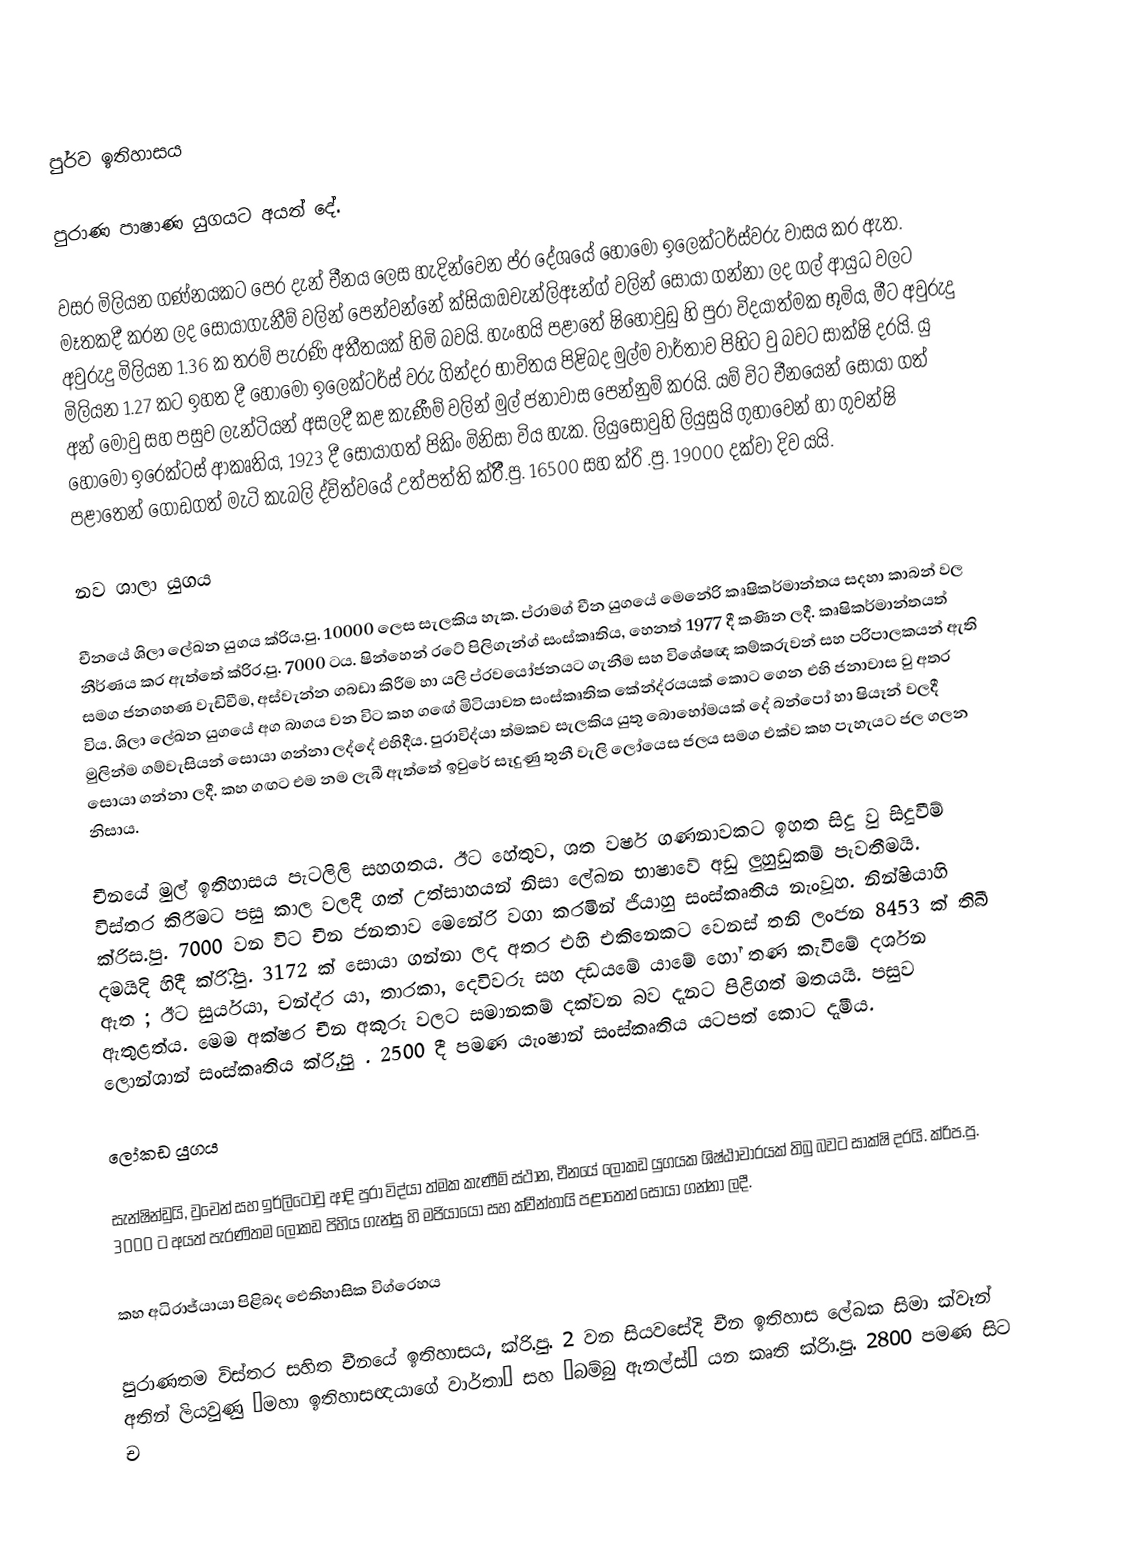
පුර්ව ඉතිහාසය

පුරාණ පාෂාණ යුගයට අයත් දේ.

වසර මිලියන ගණ්නයකට පෙර දැන් චීනය ලෙස හැදින්වෙන ප්ර දේශයේ හෝමෝ ඉලෙක්ටර්ස්වරු වාසය කර ඇත. මෑතකදී කරන ලද සොයාගැනීම් වලින් පෙන්වන්නේ ක්සියාඔචැන්ලිඈන්ග් වලින් සොයා ගන්නා ලද ගල් ආයුධ වලට අවුරුදු මිලියන 1.36 ක තරම් පැරණි අතීතයක් හිමි බවයි. හැංහයි පළාතේ ෂිහොවුඩු හි පුරා විදයාත්මක භූමිය, මීට අවුරුදු මිලියන 1.27 කට ඉහත දී හෝමෝ ඉලෙක්ටර්ස් වරු ගින්දර භාවිතය පිළිබද මුල්ම වාර්තාව පිහිට වු බවට සාක්ෂි දරයි. යු අන් මොවු සහ පසුව ලැන්ටියන් අසලදී කළ කැණීම් වලින් මුල් ජනාවාස පෙන්නුම් කරයි. යම් විට චීනයෙන් සොයා ගත් හෝමෝ ඉරෙක්ටස් ආකෘතිය, 1923 දී සොයාගත් පිකිං මිනිසා විය හැක. ලියුසොවුහි ලියුසුයි ගුහාවෙන් හා ගුවන්ෂි පළාතෙන් ගොඩගත් මැටි කැබලි ද්විත්වයේ උත්පත්ති ක්රිී.පු. 16500 සහ ක්රි .පු. 19000 දක්වා දිව යයි.

නව ශාලා යුගය

චීනයේ ශිලා ලේඛන යුගය ක්රිය.පු. 10000 ලෙස සැලකිය හැක. ප්රාමග් චීන යුගයේ මෙනේරි කෘෂිකර්මාන්තය සදහා කාබන් වල නීර්ණය කර ඇත්තේ ක්රිර.පු. 7000 ටය. ෂින්හෙන් රටේ පිලිගැන්ග් සංස්කෘතිය, හෙනත් 1977 දී කණින ලදී. කෘෂිකර්මාන්තයත් සමග ජනගහණ වැඩිවීම, අස්වැන්න ගබඩා කිරීම හා යලි ප්රවයෝජනයට ගැනීම සහ විශේෂඥ කම්කරුවන් සහ පරිපාලකයන් ඇති විය. ශිලා ලේඛන යුග‍යේ අග බාගය වන විට‍ කහ ග‍ඟේ මිටියාවත සංස්කෘතික කේන්ද්රයයක් කොට ගෙන එහි ජනාවාස වු අතර මුලින්ම ගම්වැසියන් සොයා ගන්නා ලද්දේ එහිදීය. පුරාවිද්යා ත්මකව සැලකිය යුතු බොහෝමයක් දේ බන්පෝ හා ෂියෑන් වලදී සොයා ගන්නා ලදී. කහ ගඟට එම නම ලැබී ඇත්තේ ඉවුරේ සෑදුණු තුනී වැලි ලෝයෙස ජලය සමග එක්ව කහ පැහැයට ජල ගලන නිසාය.

චීනයේ මුල් ඉතිහාසය පැටලිලි සහගතය. ඊට හේතුව, ශත වර්ෂ ගණනාවකට ඉහත සිදු වු සිදුවීම් විස්තර කිරීමට පසු කාල වලදී ගත් උත්සාහයන් නිසා ලේඛන භාෂාවේ අඩු ලුහුඩුකම් පැවතීමයි. ක්රිස.පු. 7000 වන විට චීන ජනතාව මෙනේරි වගා කරමින් ජියාහු සංස්කෘතිය නැංවූහ. නින්ෂියාහි දමයිදි හිදී ක්රිි.පු. 3172 ක් සොයා ගන්නා ලද අතර එහි එකිනෙකට වෙනස් තනි ලංජන 8453 ක් තිබී ඇත ; ඊට සුර්යයා, චන්ද්ර යා, තාරකා, දෙවිවරු සහ දඩයමේ යාමේ හෝ තණ කැවීමේ දර්ශන ඇතුළත්ය. මෙම අක්ෂර චීන අකුරු වලට සමානකම් දක්වන බව දැනට පිළිගත් මතයයි. පසුව ලොන්ශාන් සංස්කෘතිය ක්රිු.පු . 2500 දී පමණ යැංෂාන් සංස්කෘතිය යටපත් කොට දැමීය.

ලෝකඩ යු‍ගය

සැන්ෂින්ඩුයි, වුචෙන් සහ ඉර්ලිටෝවු ආදි පුරා විද්යා ත්මක කැණීම් ස්ථාන, චීනයේ ලෝකඩ යුගයක ශිෂ්ඨාචාරයක් තිබු බවට සාක්ෂි දරයි. ක්රිප.පු. 3000 ට අයත් පැරණිතම ලෝකඩ පිහිය ගැන්සු හි මජියායෝ සහ ක්වීන්හායි පළාතෙන් සොයා ගන්නා ලදී.

කහ අධිරාජ්යායා පිළිබද ඓතිහාසික විග්රෙහය

පුරාණතම විස්තර සහිත චීනයේ ඉතිහාසය, ක්රි‍.පු. 2 වන සියවසේදි චීන ඉතිහාස ලේඛක සිමා ක්වෑන් අතින් ලියවුණු “මහා ඉතිහාසඥයාගේ වාර්තා” සහ “බම්බු ඇනල්ස්” යන කෘති ක්රිා.පු. 2800 පමණ සිට ච